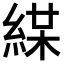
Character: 𦁜